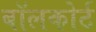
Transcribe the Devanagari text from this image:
बॉलकोर्ट